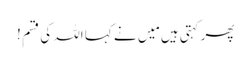
پھر کہتی ہیں مَیں نے کہا اللہ کی قسم !